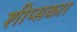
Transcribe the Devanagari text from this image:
शीप्सकार